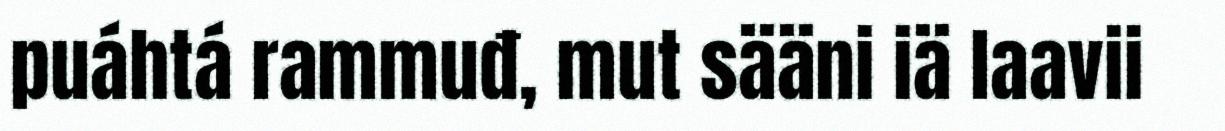
puáhtá rammuđ, mut sääni iä laavii